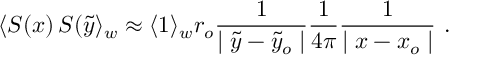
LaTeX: \langle S ( x ) \, S ( \tilde { y } \rangle _ { w } \approx \langle 1 \rangle _ { w } r _ { o } { \frac { 1 } { \mid \tilde { y } - \tilde { y } _ { o } \mid } } { \frac { 1 } { 4 \pi } } { \frac { 1 } { \mid x - x _ { o } \mid } } \, \, .